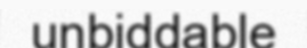
unbiddable